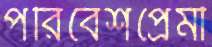
পরিবেশপ্রেমী